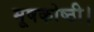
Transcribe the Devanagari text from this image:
मूषकोष्ठी।